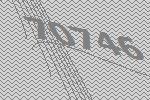
70746